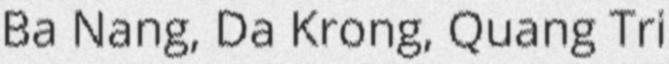
Ba Nang, Da Krong, Quang Tri